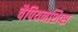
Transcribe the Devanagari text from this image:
चैपियनशिप्स